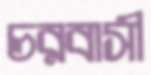
চরবাসী